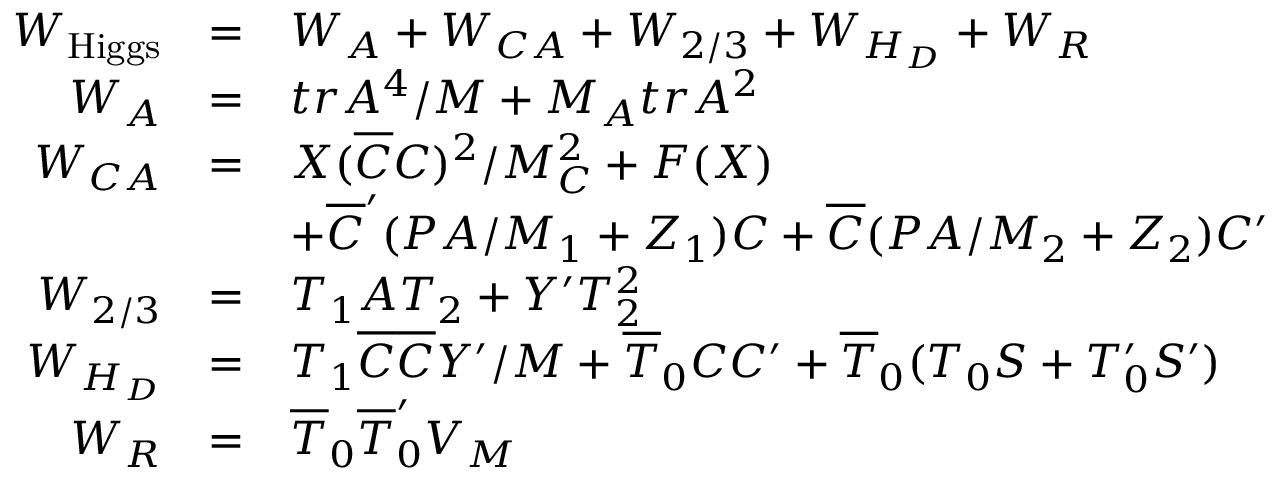
\begin{array} { r c l } { { W _ { \mathrm { H i g g s } } } } & { { = } } & { { W _ { A } + W _ { C A } + W _ { 2 / 3 } + W _ { H _ { D } } + W _ { R } } } \\ { { W _ { A } } } & { { = } } & { { t r A ^ { 4 } / M + M _ { A } t r A ^ { 2 } } } \\ { { W _ { C A } } } & { { = } } & { { X ( \overline { { { C } } } C ) ^ { 2 } / M _ { C } ^ { 2 } + F ( X ) } } \\ { { } } & { { } } & { { + \overline { { { C } } } ^ { \prime } ( P A / M _ { 1 } + Z _ { 1 } ) C + \overline { { { C } } } ( P A / M _ { 2 } + Z _ { 2 } ) C ^ { \prime } } } \\ { { W _ { 2 / 3 } } } & { { = } } & { { T _ { 1 } A T _ { 2 } + Y ^ { \prime } T _ { 2 } ^ { 2 } } } \\ { { W _ { H _ { D } } } } & { { = } } & { { T _ { 1 } \overline { { { C } } } \overline { { { C } } } Y ^ { \prime } / M + \overline { { { T } } } _ { 0 } C C ^ { \prime } + \overline { { { T } } } _ { 0 } ( T _ { 0 } S + T _ { 0 } ^ { \prime } S ^ { \prime } ) } } \\ { { W _ { R } } } & { { = } } & { { \overline { { { T } } } _ { 0 } \overline { { { T } } } _ { 0 } ^ { \prime } V _ { M } } } \end{array}